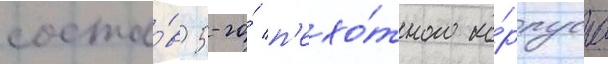
соста́в 5-го́ п'ехо́тного ко́рпуса